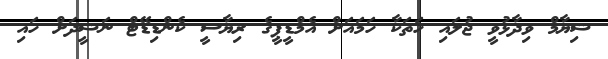
ޝިޔާމް ވިދާޅުވީ ޖުލައި ހަތަކާ ހަމައަށް އެމްޑީޕީގެ ރިޔާސީ ކެންޑިޑޭޓް ނަޝީދަށް ހައި